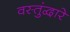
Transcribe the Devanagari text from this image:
वस्तुंद्वारे